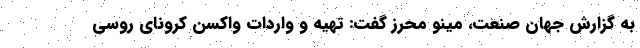
به گزارش جهان صنعت، مینو محرز گفت: تهیه و واردات واکسن کرونای روسی